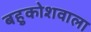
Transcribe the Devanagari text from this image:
बहुकोशवाला